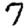
Digit: 7